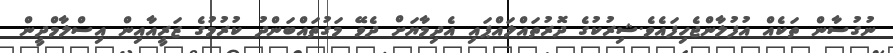
ނުގުސާން ތަކެއް އުފުލާންޖެހިފައެވެ.ޝިރުކުގެ ދޮރުތައްލައްޕައި އެދިމާޔަށް ދެވޭ މަގުތައްބަންދު ކުރުމުގެ ޒަރީއާއިން އިސްލާމްދީން